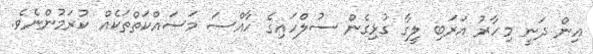
އިން ދަނީ މިހާރު އަރަބި ލީގާ ގުޅިގެން ސުލްހައިގެ ހާއްސަ މަސައްކަތްތަކެއް ކުރަމުންނެވެ.